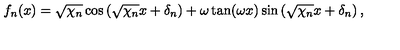
f _ { n } ( x ) = \sqrt { \chi _ { n } } \cos \left( \sqrt { \chi _ { n } } x + \delta _ { n } \right) + \omega \tan ( \omega x ) \sin \left( \sqrt { \chi _ { n } } x + \delta _ { n } \right) ,